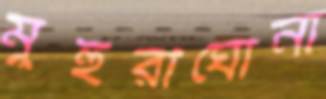
মুহুরীঘোনা